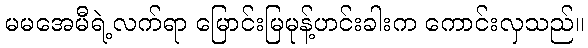
မမအေမီရဲ့လက်ရာ မြောင်းမြမုန့်ဟင်းခါးက ကောင်းလှသည်။